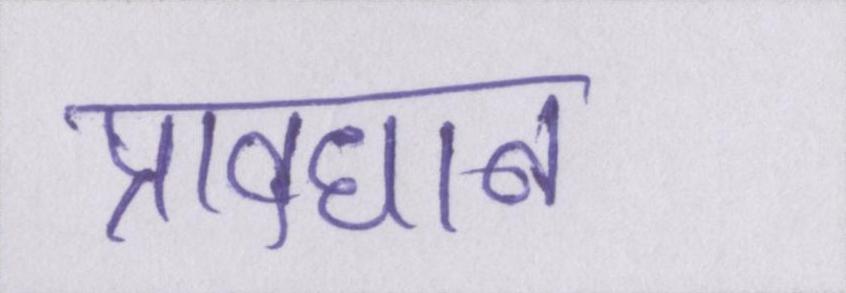
प्रावधान